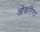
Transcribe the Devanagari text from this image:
ओकरिगा